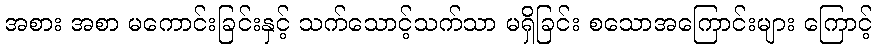
အစား အစာ မကောင်းခြင်းနှင့် သက်သောင့်သက်သာ မရှိခြင်း စသောအကြောင်းများ ကြောင့်